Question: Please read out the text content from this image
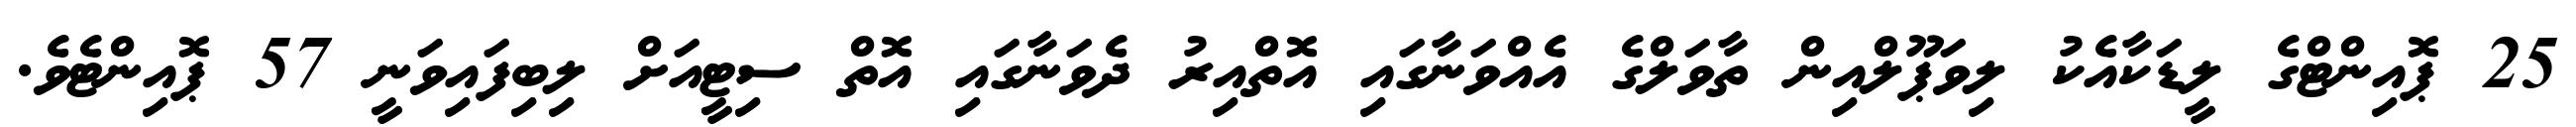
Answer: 25 ޕޮއިންޓްގެ ލީޑަކާއެކު ލިވަޕޫލްއިން ތާވަލްގެ އެއްވަނާގައި އޮތްއިރު ދެވަނާގައި އޮތް ސިޓީއަށް ލިބިފައިވަނީ 57 ޕޮއިންޓެވެ.